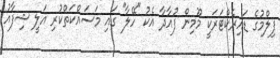
ފިލްމުގެ ޑައިރެކްޓަރަކީ މޫމިން ފުއާދާ އެކު "ހޭލާ" ގައި މަސައްކަތްކުރި އަލީ ޝިފާއު